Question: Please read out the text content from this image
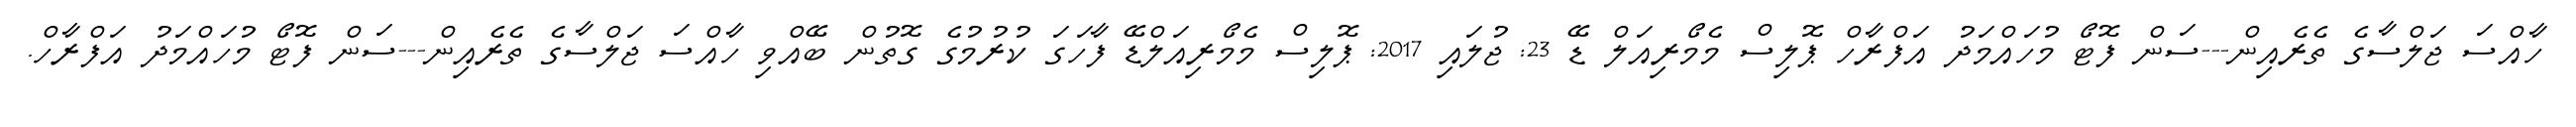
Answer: ހާއްސަ ޖަލްސާގެ ތެރެއިން---ސަން ފޮޓޯ މުހައްމަދު އަފްރާހް ޕޮލިސް މެމޯރިއަލް ޑޭ 23: ޖުލައި 2017: ޕޮލިސް މެމޯރިއަލްޑޭ ފާހަގަ ކުރުމުގެ ގޮތުން ބޭއްވި ހާއްސަ ޖަލްސާގެ ތެރެއިން---ސަން ފޮޓޯ މުހައްމަދު އަފްރާހް.